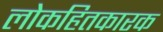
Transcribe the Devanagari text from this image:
लोकहितकारक